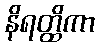
နိရတ္ထိကာ